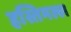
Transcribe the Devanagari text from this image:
हस्तिमल्ल